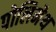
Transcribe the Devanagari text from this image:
पोलिमेथ